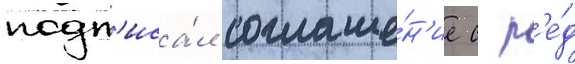
подп'иса́л соглаше́н'ие с р'е́д